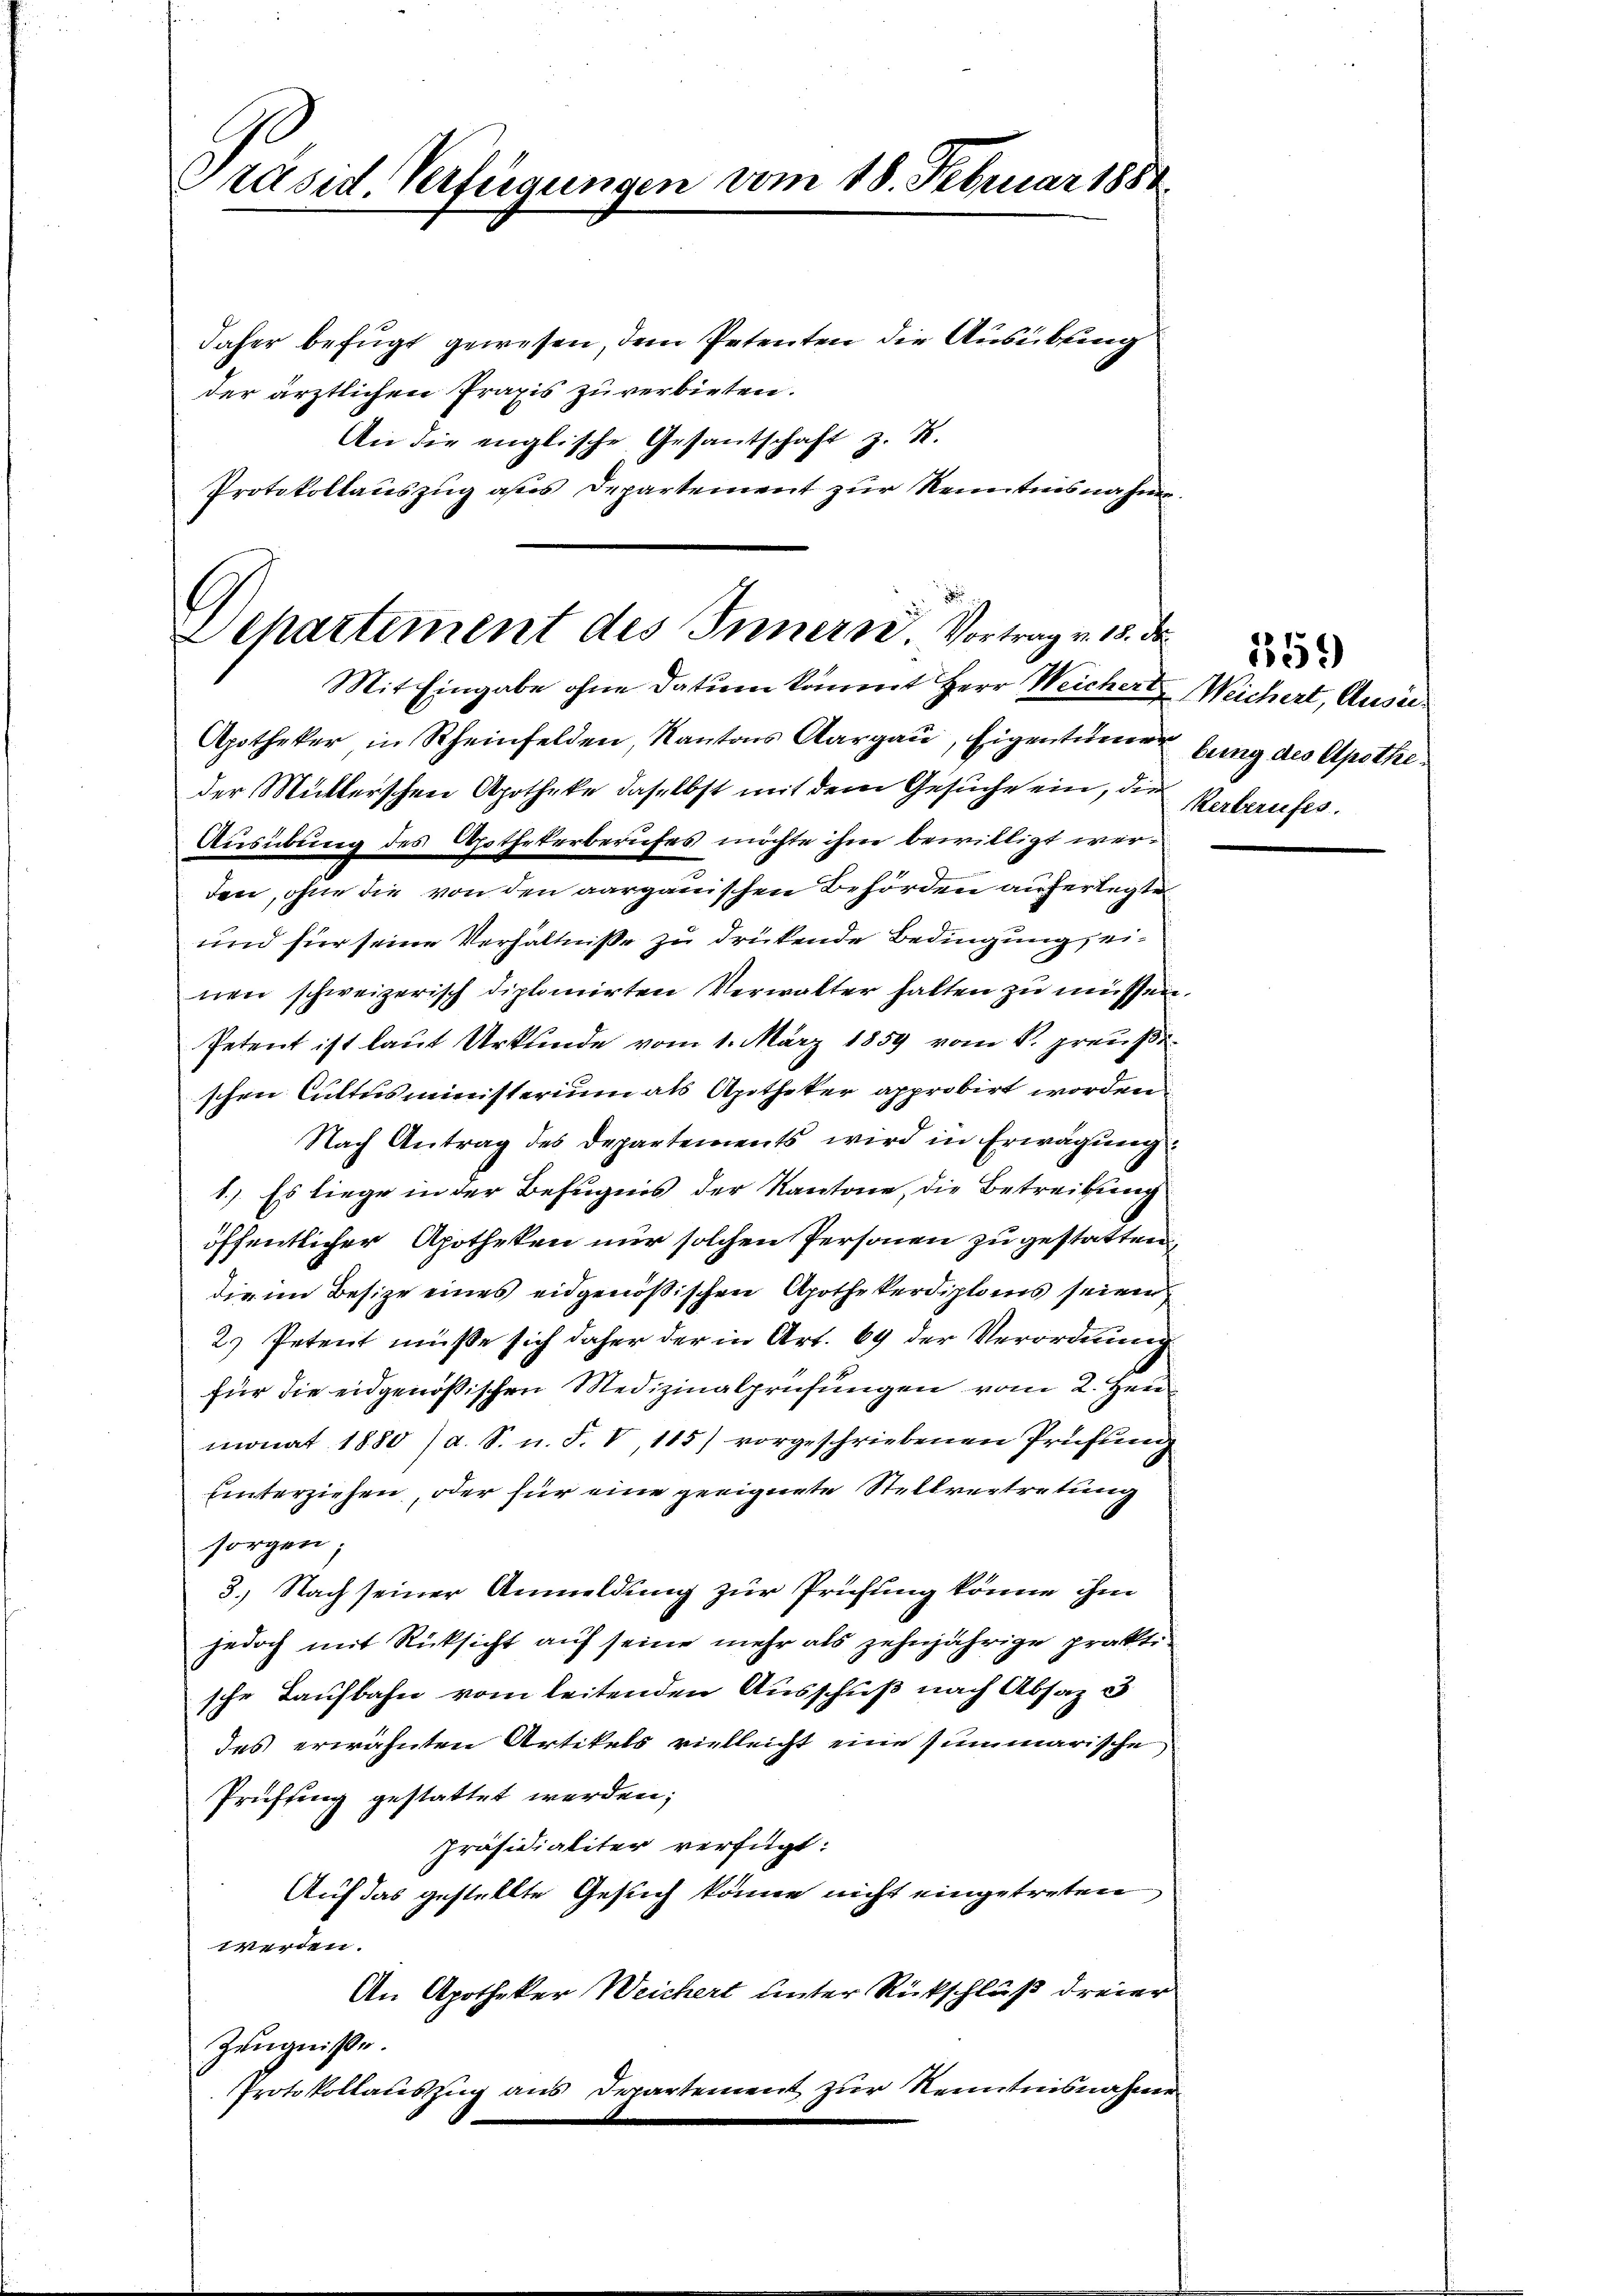
Präsid. Verfügungen vom 18. Februar 1888.

daher befugt gewesen, dem Petenten die Ausübung
der ärztlichen Praxis zu verbieten.
An die englische Gesantschaft z. R.
Protokollauszug alles Departement zur Kenntnisnahme.

Departement des Innern. Vortrag v. 18. de
Mit Eingabe ohne Datum kommt Herr Weichert Weichert, Ausie¬

Apotheker in Rheinfelden, Kantons Aargau, Eigentümertung des Apotheder Mutterschen Apotheke daselbst mit dem Gesuche ein, die Verberufes.
Ausübung des Apothekerberufes möchte ihm bewilligt werden, ohne die von den aargauischen Behörden auferlegte
und für seine Verhältniße zu drükende Bedingung einen schweizerisch diplomirten Verwalter halten zu müssen.
Petent ist laut Urkunde vom 1. März 1859 vom k. preußi
schen Cultusministerium als Apotheker approbirt worden
Nach Antrag des Departements wird in Erwägung:
1.) Es liege in der Befugnis der Kantone, die Betreibung
öffentlicher Apotheken nur solchen Personen zu gestatten
die im Besize eines eidgenößischen Apothekerdiploms seinen
2.) Petent müße sich daher der in Art. 69 der Verordnung
für die eidgenößischen Medizinalprüfungen vom 2. Hei
monat 1880 (a. S. u. F. V, 115) vorgeschriebenen Prüfung
hinterziehen, oder für eine geeignete Stellvertretung
sorgen
3.) Nach seiner Anmeldung zur Prüfung könne ihm
jedoch mit Rücksicht auf seine mehr als zehnjährige praktische Laufbahn vom leitenden Ausschuß nach Absaz 3
das erwähnten Artikels vielleicht eine summarische
Prüffung gestattet werden;
Präsidialiter verfügt:
Auf das gestellte Gesuch könne nicht eingetreten
werden.
An Apotheker Weichert unter Rückschluß dreier
Zeugnisse.
Protokollauszug aus Departement zur Kenntnisnahme

359